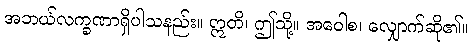
အဘယ်လက္ခဏာရှိပါသနည်း။ ဣတိ၊ ဤသို့။ အဝေါစ၊ လျှောက်ဆို၏။